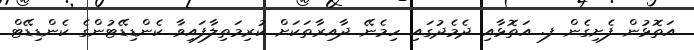
އަތޮޅުން ފެށިގެން ފ. އަތޮޅާއި ދެމެދުގައި ހިމެނޭ ދާއިރާތަކަށް ކުރިމަތިލާފައިވާ ކެންޑިޑޭޓުންގެ ކެންޑިޑޭޓް